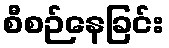
စီစဉ်နေခြင်း